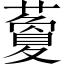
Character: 藑